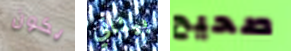
يكون بيثاني صحيح